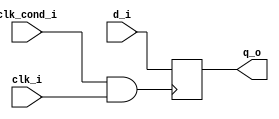
/////////////////////////////////////////
//  Functionality: A locally generated clock signal which is to test clock network with internal drivers
////////////////////////////////////////
`timescale 1ns / 1ps

module clk_cond(clk_i, clk_cond_i, d_i, q_o);

input wire clk_cond_i;
input wire clk_i;
input wire d_i;
output reg q_o;

wire int_clk;
assign int_clk = clk_cond_i & clk_i;

always @(posedge int_clk) begin
  q_o <= d_i;
end

endmodule